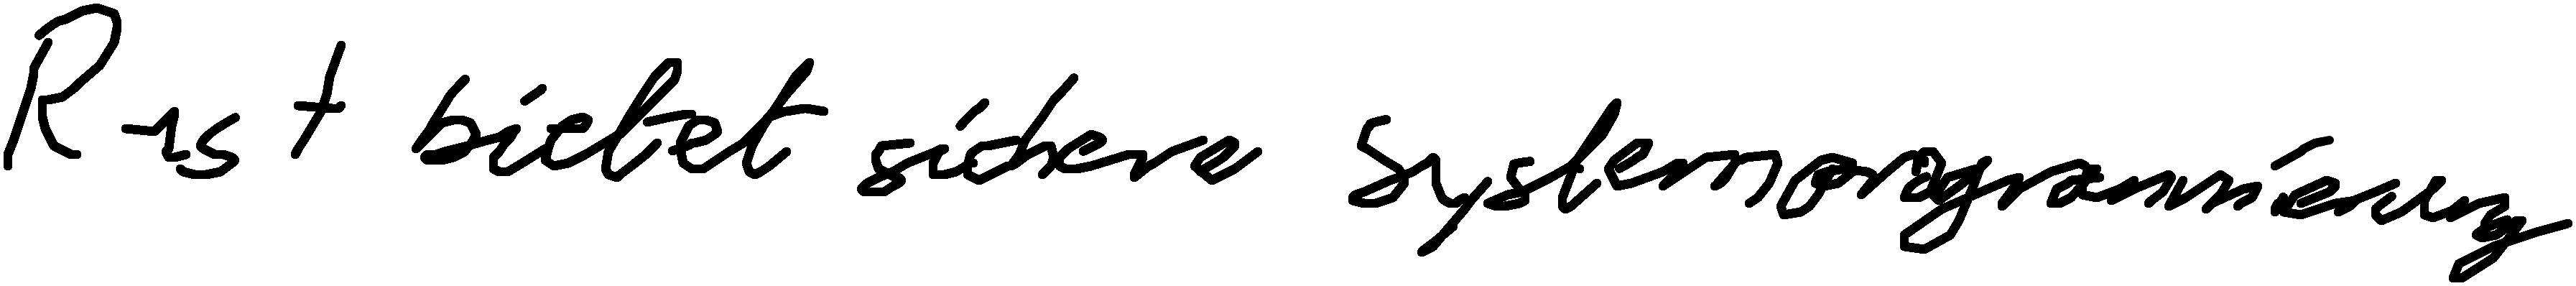
Rust bietet sichere Systemprogrammierung.